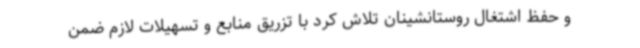
و حفظ اشتغال روستانشینان تلاش کرد با تزریق منابع و تسهیلات لازم ضمن